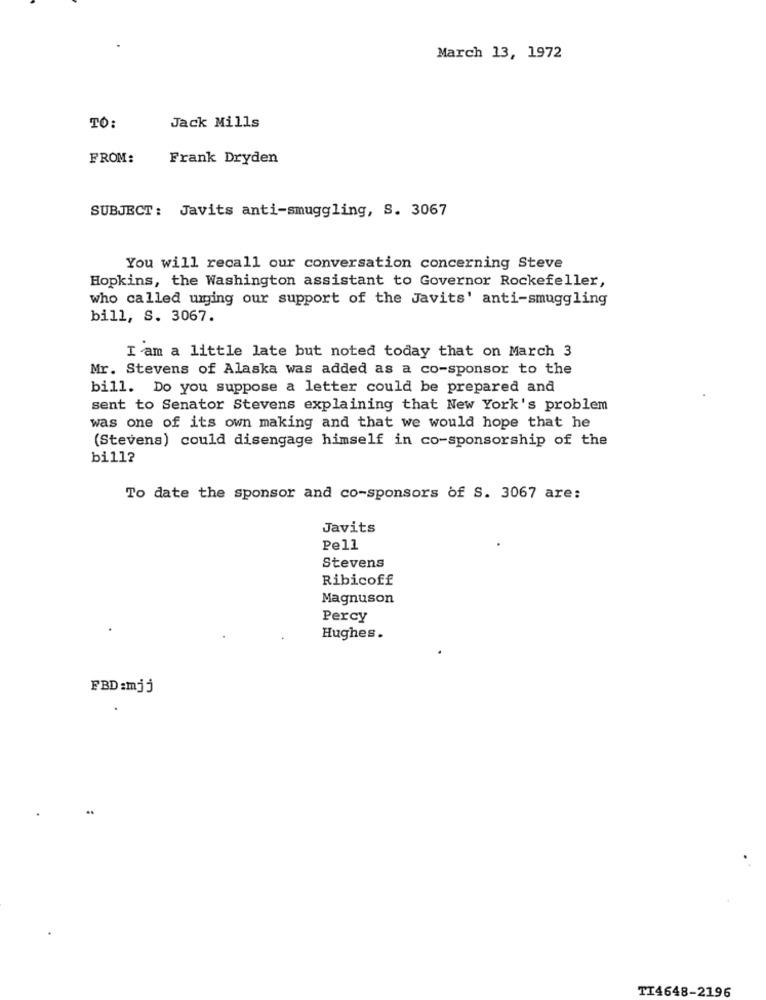
March 13, 1972
Jack Mills
TO:
FROM:
Frank Dryden
SUBJECT: Javits anti-smuggling, s. 3067
You will recall our conversation concerning Steve
Hopkins, the Washington assistant to Governor Rockefeller,
who called umging our support of the Javits' anti-smuggling
bill, S. 3067.
I am a little late but noted today that on March 3
Mr. Stevens of Alaska was added as a co-sponsor to the
bill. Do you suppose a letter could be prepared and
sent to Senator Stevens explaining that New York's problem
was one of its own making and that we would hope that he
(Stevens) could disengage himself in co-sponsorship of the
bill?
To date the sponsor and co-sponsors of S. 3067 are:
Javits
Pell
Stevens
Ribicoff
Magnuson
Percy
Hughes.
FBD :mjj
TI4648-2196